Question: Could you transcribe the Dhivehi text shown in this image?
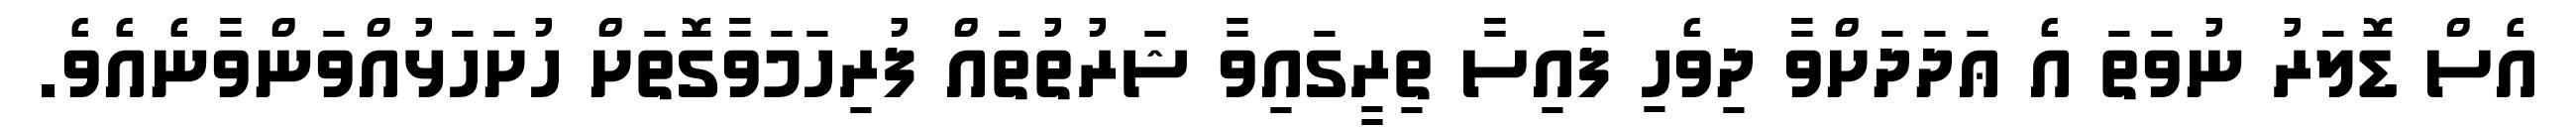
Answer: އެސް ޑޮލަރު ނުވަތަ އެ ޢަދަދަށްވާ ދިވެހި ފައިސާ ތިރީގައިވާ ޝަރުތުތައް ފުރިހަމަވާގޮތަށް ހުށަހަޅުއްވަންވާނެއެވެ.